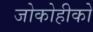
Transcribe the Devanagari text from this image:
जोकोहीको